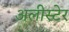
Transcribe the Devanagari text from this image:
अलीस्टेर